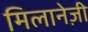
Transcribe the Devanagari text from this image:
मिलानेज़ी